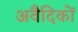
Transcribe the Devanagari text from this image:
अवैदिकों